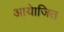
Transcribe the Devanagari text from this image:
आयेाजित